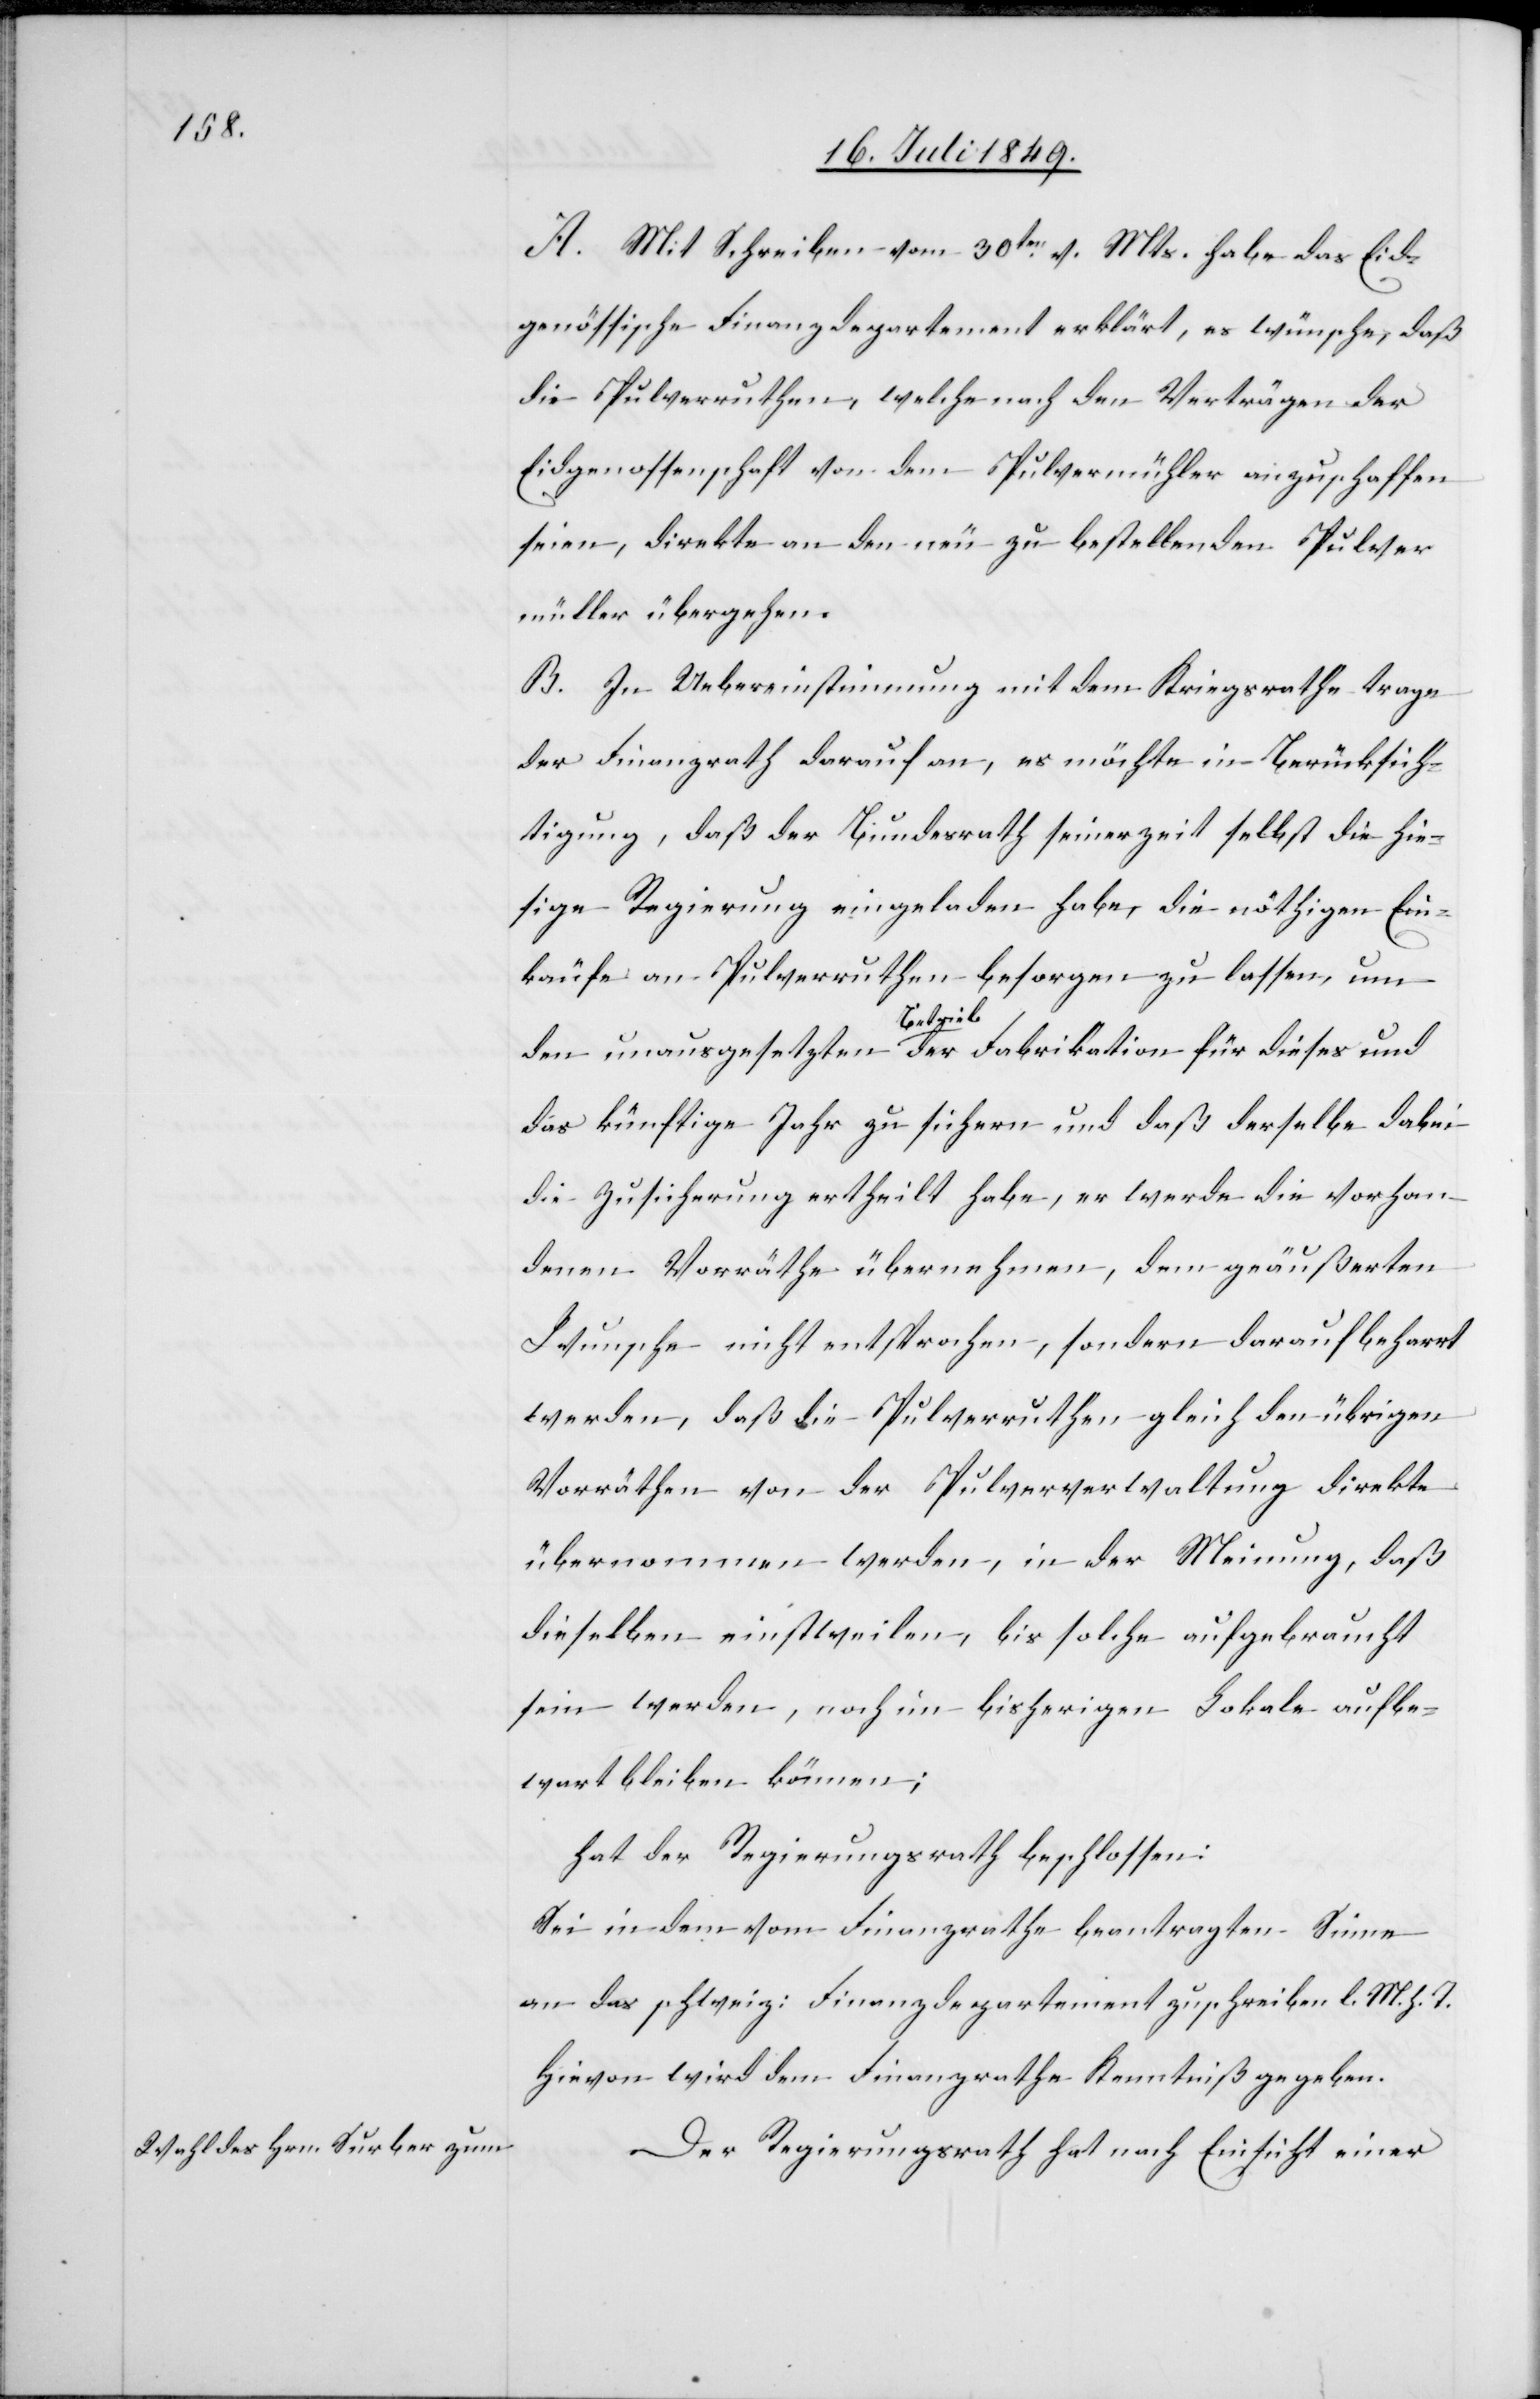
A. Mit Schreiben vom 30ten v. Mts. habe das Eid¬
genössische Finanzdepartement erklärt, es wünsche, daß
die Pulverruthen, welche nach den Verträgen der
Eidgenossenschaft von dem Pulvermühler anzuschaffen
seien, direkte an den neu zu bestellenden Pulver¬
müller übergehen.
B. In Uebereinstimmung mit dem Kriegsrathe trage
der Finanzrath darauf an, es möchte in Berücksich¬
tigung, daß der Bundesrath seinerzeit selbst die hie¬
sige Regierung eingeladen habe, die nöthigen Ein¬
käufe an Pulverruthen besorgen zu lassen, um
den unausgesetzten Betrieb der Fabrikation für dieses und
das künftige Jahr zu sichern und daß derselbe dabei
die Zusicherung ertheilt habe, er werde die vorhan¬
denen Vorräthe übernehmen, dem geäußerten
Wunsche nicht entsprochen, sondern darauf beharrt
werden, daß die Pulverruthen gleich den übrigen
Vorräthen von der Pulververwaltung direkte
übernommen werden, in der Meinung, daß
dieselben einstweilen, bis solche aufgebraucht
sein werden, noch im bisherigen Lokale aufbe¬
wahrt bleiben können;
hat der Regierungsrath beschlossen:
Sei in dem vom Finanzrathe beantragten Sinne
an das schweiz: Finanzdepartement zu schreiben l. M. h. T.
Hievon wird dem Finanzrathe Kenntniß gegeben.
Der Regierungsrath hat nach Einsicht einer